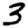
Digit: 3